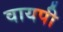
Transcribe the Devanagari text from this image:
वायपी